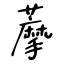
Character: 藦